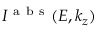
I ^ { \mathrm { ~ a ~ b ~ s ~ } } ( E , k _ { z } )